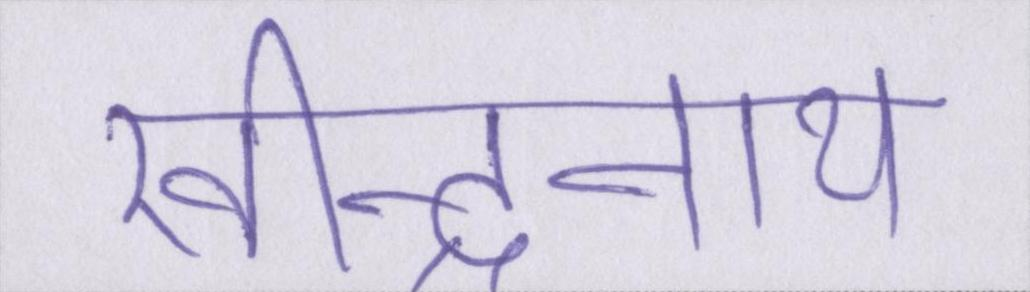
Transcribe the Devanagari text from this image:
रवीन्द्रनाथ